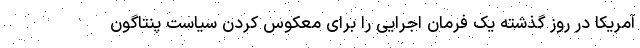
آمریکا در روز گذشته یک فرمان اجرایی را برای معکوس کردن سیاست پنتاگون